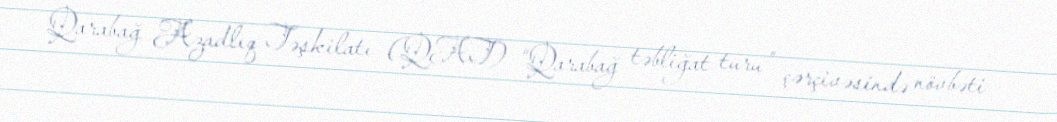
Qarabağ Azadlıq Təşkilatı (QAT) “Qarabağ təbliğat turu” çərçivəsində növbəti